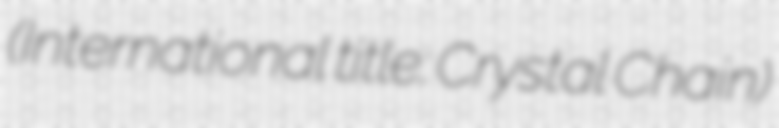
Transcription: (International title: Crystal Chain)